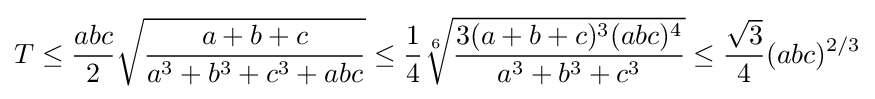
T\leq {\frac {abc}{2}}{\sqrt {\frac {a+b+c}{a^{3}+b^{3}+c^{3}+abc}}}\leq {\frac {1}{4}}{\sqrt[{6}]{\frac {3(a+b+c)^{3}(abc)^{4}}{a^{3}+b^{3}+c^{3}}}}\leq {\frac {\sqrt {3}}{4}}(abc)^{2/3}